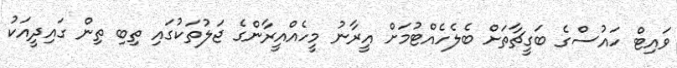
ވައިޓް ހައުސްގެ ބަގީޗާތަށް ބެލެހެއްޓުމަށް އީރާނު މީހެއްއީރާންގެ ޖަލުތަކުގައި ތިބި ތިން ގައިދީއަކު